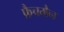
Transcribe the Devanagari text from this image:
फ्रैचमैन